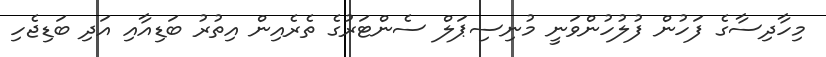
މިހާދިސާގެ ފަހުން ފުލުހުންވަނީ މުނިސިޕަލް ސެންޓަރުގެ ތެރެއިން އިތުރު ބަޑިއާއި އަދި ބަޑިޖެހި